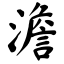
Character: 澹